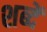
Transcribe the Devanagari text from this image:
शब्दें